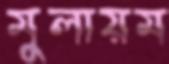
মুলায়ম